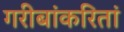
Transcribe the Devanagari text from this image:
गरीबांकरितां